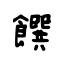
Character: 饌